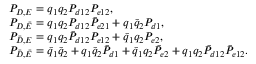
\begin{array} { r l } & { P _ { \cal { D , E } } = q _ { 1 } q _ { 2 } P _ { d 1 2 } P _ { e 1 2 } , } \\ & { P _ { \cal { D , \bar { E } } } = q _ { 1 } q _ { 2 } P _ { d 1 2 } \bar { P } _ { e 2 1 } + q _ { 1 } \bar { q } _ { 2 } P _ { d 1 } , } \\ & { P _ { \cal { \bar { D } , E } } = q _ { 1 } q _ { 2 } \bar { P } _ { d 1 2 } P _ { e 1 2 } + \bar { q } _ { 1 } q _ { 2 } P _ { e 2 } , } \\ & { P _ { \cal { \bar { D } , \bar { E } } } = \bar { q } _ { 1 } \bar { q } _ { 2 } + q _ { 1 } \bar { q } _ { 2 } \bar { P } _ { d 1 } + \bar { q } _ { 1 } q _ { 2 } \bar { P } _ { e 2 } + q _ { 1 } q _ { 2 } \bar { P } _ { d 1 2 } \bar { P } _ { e 1 2 } . } \end{array}